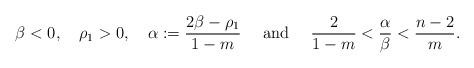
LaTeX: \begin{align*}\beta<0,\quad\rho_1>0,\quad\alpha:=\frac{2\beta-\rho_1}{1-m}\quad\mbox{ and }\quad\frac{2}{1-m}<\frac{\alpha}{\beta}<\frac{n-2}{m}.\end{align*}